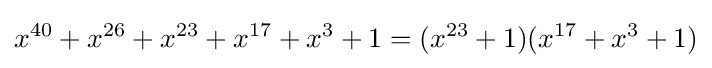
x^{40}+x^{26}+x^{23}+x^{17}+x^{3}+1=(x^{23}+1)(x^{17}+x^{3}+1)